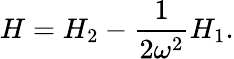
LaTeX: H=H_{2}-\frac{1}{2\omega^{2}}H_{1}.